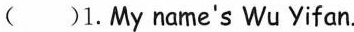
()1.My name's Wu Yifan.